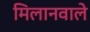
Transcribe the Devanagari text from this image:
मिलानवाले